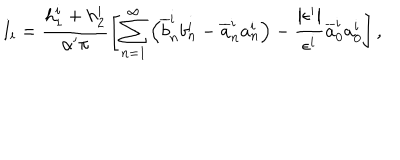
I _ { i } = \frac { h _ { 1 } ^ { i } + h _ { 2 } ^ { i } } { \alpha ^ { \prime } \pi } \left[ \sum _ { n = 1 } ^ { \infty } \left( \overline { { { b } } } _ { n } ^ { i } b _ { n } ^ { i } - \overline { { { a } } } _ { n } ^ { i } a _ { n } ^ { i } \right) - \frac { \left| \epsilon ^ { i } \right| } { \epsilon ^ { i } } \overline { { { a } } } _ { 0 } ^ { i } a _ { 0 } ^ { i } \right] ,